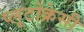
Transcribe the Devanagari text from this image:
प्लूटोक्रेसी